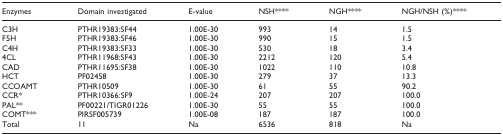
<table><thead><tr><td><b>Enzymes</b></td><td><b>Domain investigated</b></td><td><b>E-value</b></td><td><b>NSH****</b></td><td><b>NGH****</b></td><td><b>NGH/NSH (%)****</b></td></tr></thead><tbody><tr><td>C3H</td><td>PTHR19383:SF44</td><td>1.00E-30</td><td>993</td><td>14</td><td>1.5</td></tr><tr><td>F5H</td><td>PTHR19383:SF46</td><td>1.00E-30</td><td>990</td><td>15</td><td>1.5</td></tr><tr><td>C4H</td><td>PTHR19383:SF33</td><td>1.00E-30</td><td>530</td><td>18</td><td>3.4</td></tr><tr><td>4CL</td><td>PTHR11968:SF43</td><td>1.00E-30</td><td>2212</td><td>120</td><td>5.4</td></tr><tr><td>CAD</td><td>PTHR11695:SF38</td><td>1.00E-30</td><td>1022</td><td>110</td><td>10.8</td></tr><tr><td>HCT</td><td>PF02458</td><td>1.00E-30</td><td>279</td><td>37</td><td>13.3</td></tr><tr><td>CCOAMT</td><td>PTHR10509</td><td>1.00E-30</td><td>61</td><td>55</td><td>90.2</td></tr><tr><td>CCR*</td><td>PTHR10366:SF9</td><td>1.00E-24</td><td>207</td><td>207</td><td>100.0</td></tr><tr><td>PAL**</td><td>PF00221/TIGR01226</td><td>1.00E-30</td><td>55</td><td>55</td><td>100.0</td></tr><tr><td>COMT***</td><td>PIRSF005739</td><td>1.00E-08</td><td>187</td><td>187</td><td>100.0</td></tr><tr><td>Total</td><td>11</td><td>Na</td><td>6536</td><td>818</td><td>Na</td></tr></tbody></table>